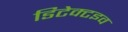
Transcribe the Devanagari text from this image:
डिटेक्टइव